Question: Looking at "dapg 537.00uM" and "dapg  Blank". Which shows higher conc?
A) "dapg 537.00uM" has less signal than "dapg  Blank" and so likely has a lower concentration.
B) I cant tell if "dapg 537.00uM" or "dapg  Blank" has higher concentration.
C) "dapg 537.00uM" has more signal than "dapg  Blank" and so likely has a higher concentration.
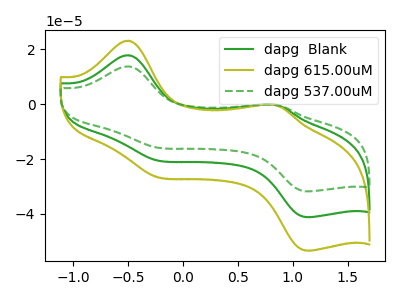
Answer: <think>The green curve "dapg  Blank" has anodic peaks at (-0.50V, 17.85uA) (0.80V, -0.10uA) and cathodic peaks at (-0.25V, -20.25uA) (1.15V, -41.10uA). The olive curve "dapg 615.00uM" has anodic peaks at (-0.50V, 35.70uA) (0.80V, -0.20uA) and cathodic peaks at (-0.25V, -40.45uA) (1.15V, -82.20uA). The green dashed curve "dapg 537.00uM" has anodic peaks at (-0.50V, 13.80uA) (0.80V, -0.05uA) and cathodic peaks at (-0.25V, -15.60uA) (1.15V, -31.70uA).
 All the peaks in "dapg 537.00uM" have a peak in "dapg  Blank" at the same potential.</think>
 <answer>B) I cant tell if "dapg 537.00uM" or "dapg  Blank" has higher concentration.</answer>
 <eval>B</eval>